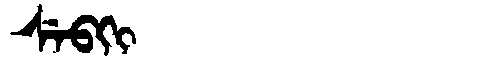
Manchu: ᠰᡝᠪᡴᡳ
Romanization: SEBKI